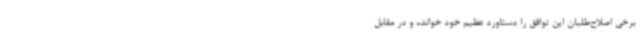
برخی اصلاح‌طلبان این توافق را دستاورد عظیم خود خوانده و در مقابل